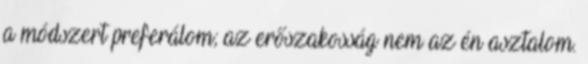
a módszert preferálom; az erőszakosság nem az én asztalom.